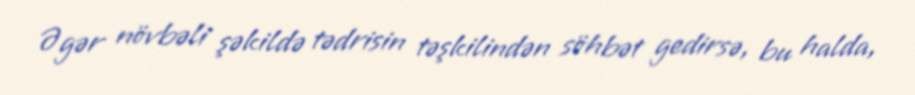
Əgər növbəli şəkildə tədrisin təşkilindən söhbət gedirsə, bu halda,